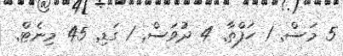
5 މަސް